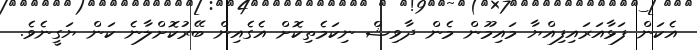
އެކަން ފަޅާއަރައިފިއްޔާ މައިމޫން މެން ދާވިޝް ނިކަމެތިކޮށް އެގެއިން ބޭރުކޮށްލާނެ ކަން ޔަގީނެވެ.